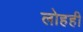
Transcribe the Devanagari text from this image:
लोहही